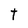
Character: t